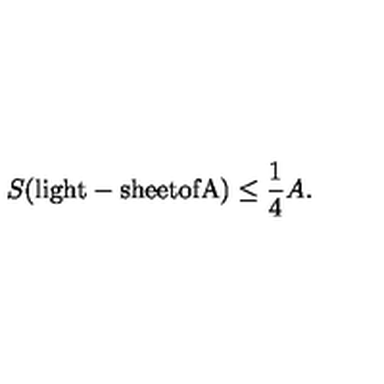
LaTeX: S ( \mathrm { l i g h t - s h e e t o f A } ) \leq \frac { 1 } { 4 } A .